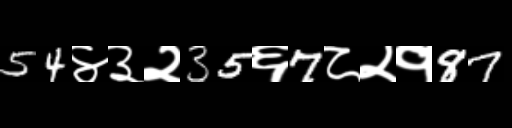
Text: 54४३२35६7८२१87